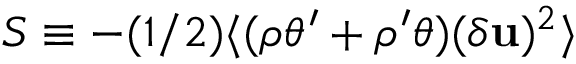
S \equiv - ( 1 / 2 ) \langle ( \rho \theta ^ { \prime } + \rho ^ { \prime } \theta ) ( \delta { \bf u } ) ^ { 2 } \rangle